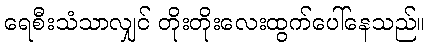
ရေစီးသံသာလျှင် တိုးတိုးလေးထွက်ပေါ်နေသည်။